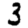
Digit: 3